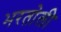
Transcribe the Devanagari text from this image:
भरतोली